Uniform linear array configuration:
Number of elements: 16
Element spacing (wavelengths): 0.5
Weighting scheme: cosine
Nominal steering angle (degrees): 45
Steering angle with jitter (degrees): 46.165
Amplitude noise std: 0.05
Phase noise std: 0.05

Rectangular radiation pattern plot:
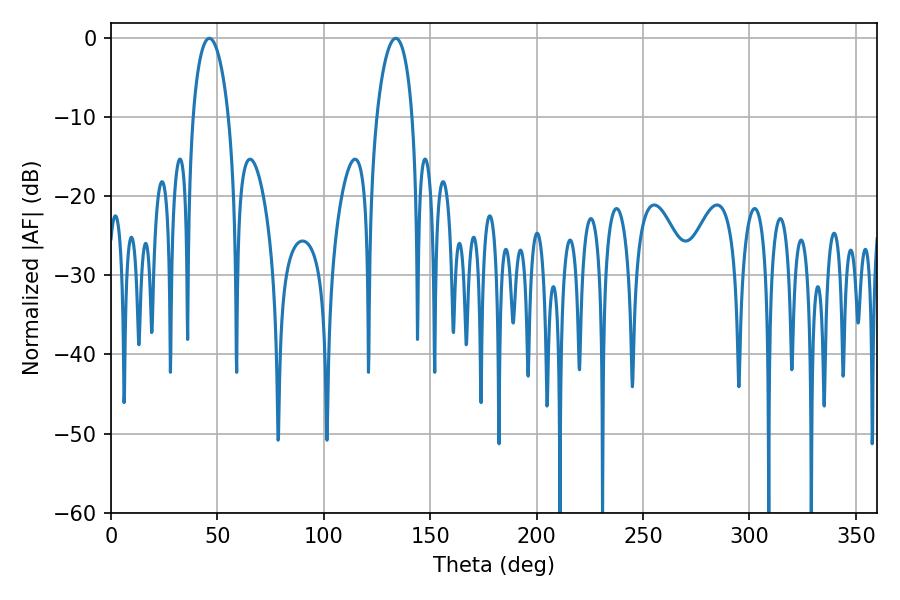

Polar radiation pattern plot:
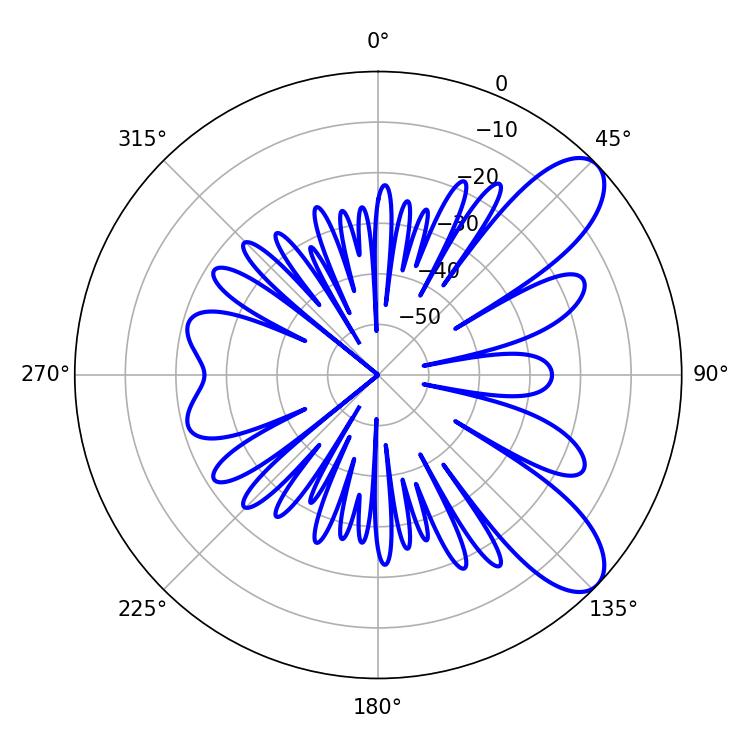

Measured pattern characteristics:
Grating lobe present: FALSE
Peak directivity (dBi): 8.886
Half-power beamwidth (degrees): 9.54
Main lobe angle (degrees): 46.26